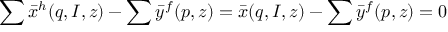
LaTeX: \sum { \bar { x } } ^ { h } ( q , I , z ) - \sum { \bar { y } } ^ { f } ( p , z ) = { \bar { x } } ( q , I , z ) - \sum { \bar { y } } ^ { f } ( p , z ) = 0